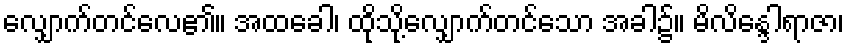
လျှောက်တင်လေ၏။ အထခေါ၊ ထိုသို့လျှောက်တင်သော အခါ၌။ မိလိန္ဒေါရာဇာ၊